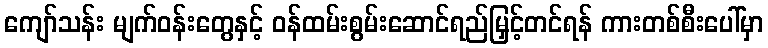
ကျော်သန်း မျက်ဝန်းတွေနှင့် ဝန်ထမ်းစွမ်းဆောင်ရည်မြှင့်တင်ရန် ကားတစ်စီးပေါ်မှာ